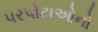
પરપોટાઓનો